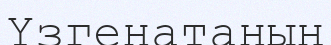
Үзгенатаның